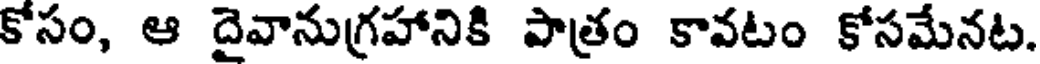
కోసం, ఆ దైవానుగ్రహానికి పాత్రం కావటం కోసమేనట.